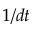
1 / d t